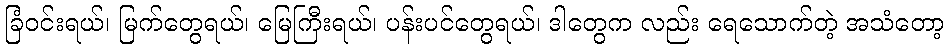
ခြံဝင်းရယ်၊ မြက်တွေရယ်၊ မြေကြီးရယ်၊ ပန်းပင်တွေရယ်၊ ဒါတွေက လည်း ရေသောက်တဲ့ အသံတော့